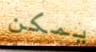
يمكن